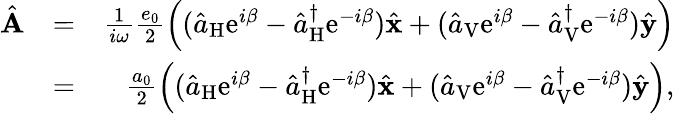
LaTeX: \begin{array}{rlr}{\hat{\mathbf A}}&{=}&{\frac{1}{i\omega}\frac{e_{0}}{2}\left((\hat{a}_{\mathrm{H}}\mathrm{e}^{i\beta}-\hat{a}_{\mathrm{H}}^{\dagger}\mathrm{e}^{-i\beta})\hat{\mathbf x}+(\hat{a}_{\mathrm{V}}\mathrm{e}^{i\beta}-\hat{a}_{\mathrm{V}}^{\dagger}\mathrm{e}^{-i\beta})\hat{\mathbf y}\right)}\\ &{=}&{\frac{a_{0}}{2}\left((\hat{a}_{\mathrm{H}}\mathrm{e}^{i\beta}-\hat{a}_{\mathrm{H}}^{\dagger}\mathrm{e}^{-i\beta})\hat{\mathbf x}+(\hat{a}_{\mathrm{V}}\mathrm{e}^{i\beta}-\hat{a}_{\mathrm{V}}^{\dagger}\mathrm{e}^{-i\beta})\hat{\mathbf y}\right),}\end{array}